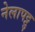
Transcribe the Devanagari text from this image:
नेलापट्टु